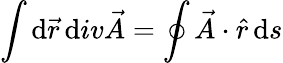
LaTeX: \int\mathrm{d}\vec{{r}}\, \mathrm{d}iv\vec{{A}}=\oint\vec{{A}}\cdot\hat{{r}}\, \mathrm{d}s